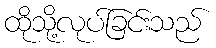
ထိုသို့လုပ်ခြင်းသည်